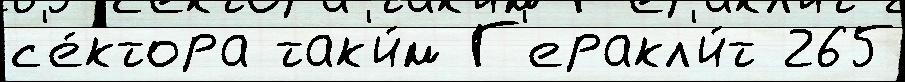
с'е́ктора так'и́м Г'еракл'и́т 265